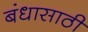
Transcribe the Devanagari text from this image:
बंधासाठी